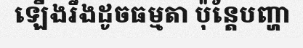
ឡើងរឹងដូចធម្មតា ប៉ុន្តែបញ្ហា